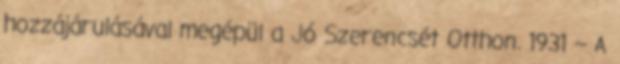
hozzájárulásával megépül a Jó Szerencsét Otthon. 1931 – A